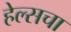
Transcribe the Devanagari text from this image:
हेल्सचा